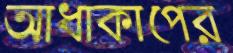
আধাকাপের